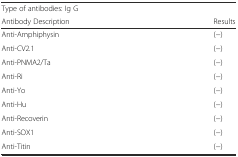
<table><thead><tr><td><b>Type of antibodies: Ig G</b></td><td></td></tr><tr><td><b>Antibody Description</b></td><td><b>Results</b></td></tr></thead><tbody><tr><td>Anti-Amphiphysin</td><td>(−)</td></tr><tr><td>Anti-CV2.1</td><td>(−)</td></tr><tr><td>Anti-PNMA2/Ta</td><td>(−)</td></tr><tr><td>Anti-Ri</td><td>(−)</td></tr><tr><td>Anti-Yo</td><td>(−)</td></tr><tr><td>Anti-Hu</td><td>(−)</td></tr><tr><td>Anti-Recoverin</td><td>(−)</td></tr><tr><td>Anti-SOX1</td><td>(−)</td></tr><tr><td>Anti-Titin</td><td>(−)</td></tr></tbody></table>